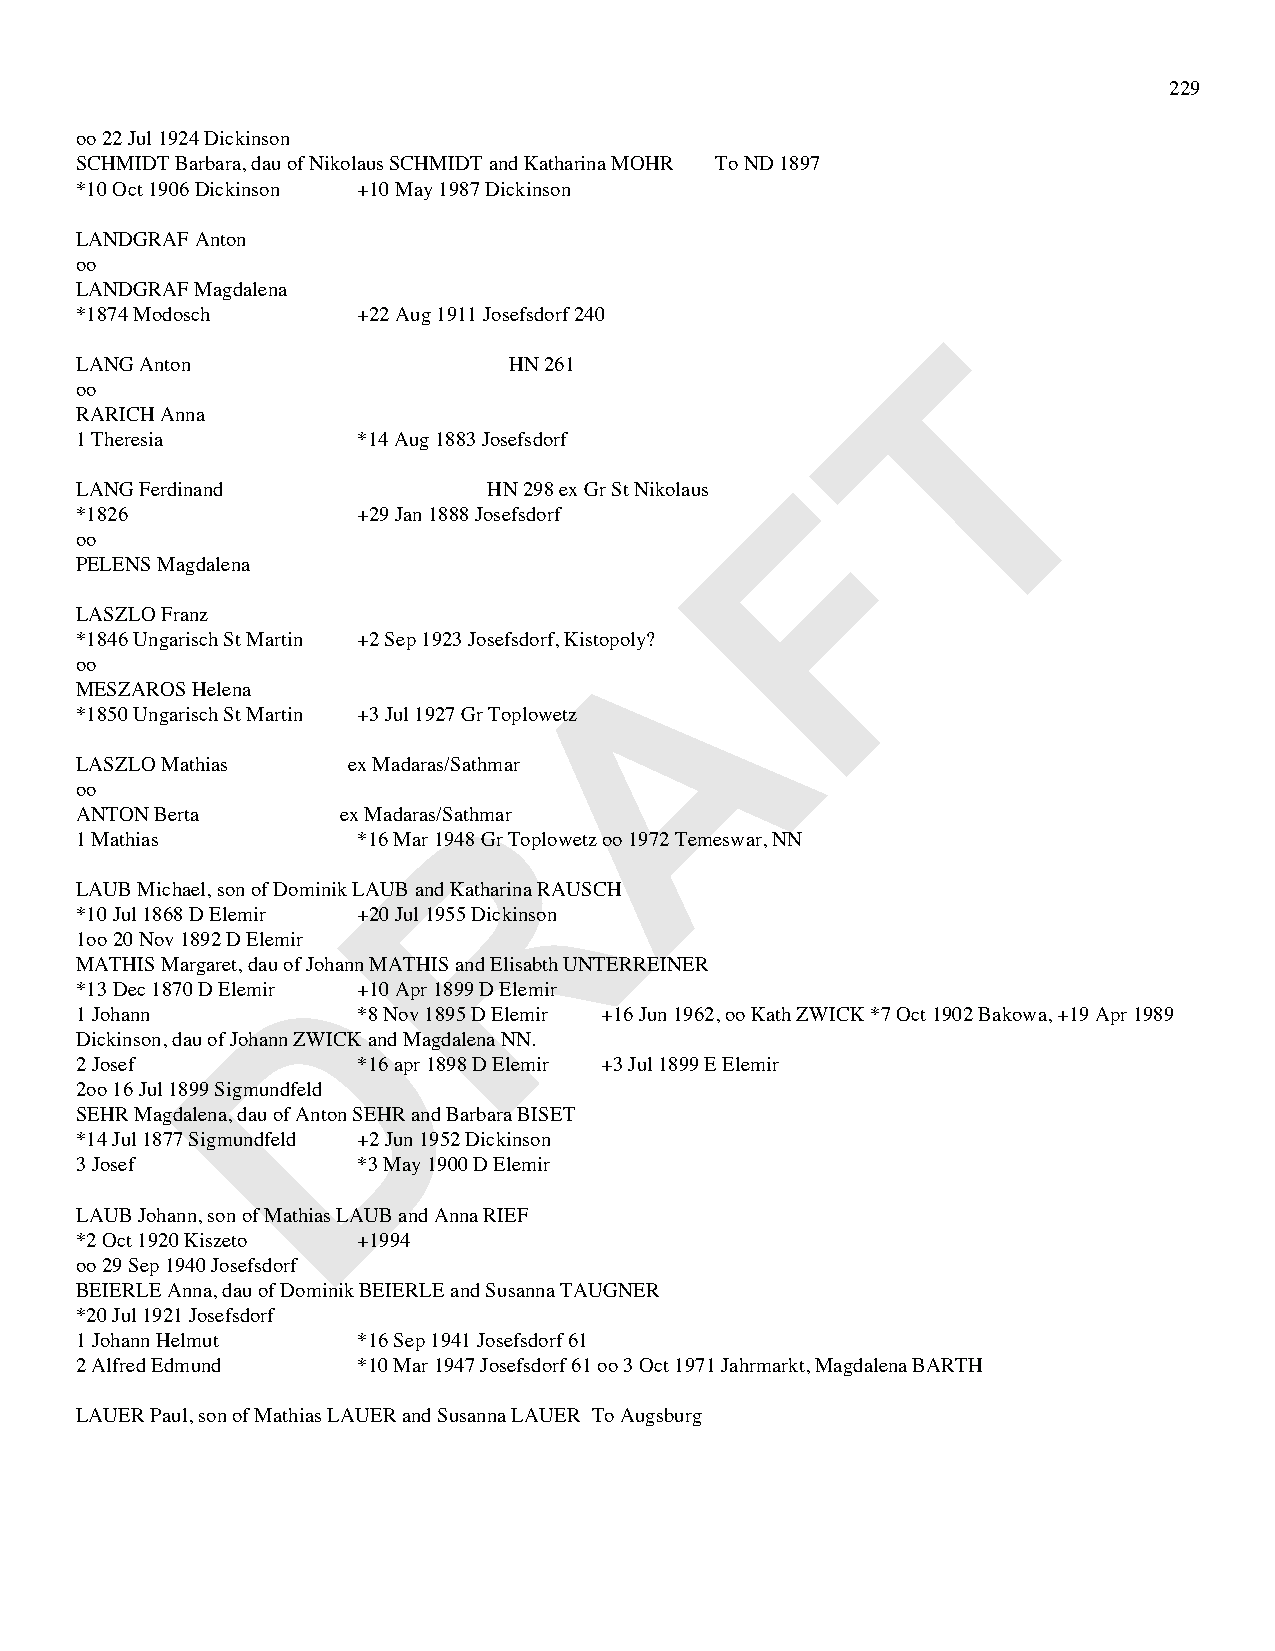
229
 oo 22 Jul 1924 Dickinson
 SCHMIDT Barbara, dau of Nikolaus SCHMIDT and Katharina MOHR To ND 1897
 *10 Oct 1906 Dickinson +10 May 1987 Dickinson
 LANDGRAF Anton
 oo
 LANDGRAF Magdalena
 *1874 Modosch      +22 Aug 1911 Josefsdorf 240
 T
 LANG Anton                   HN 261
 oo
 RARICH Anna
 1 Theresia         *14 Aug 1883 Josefsdorf
 F
 LANG Ferdinand             HN 298 ex Gr St Nikolaus
 *1826              +29 Jan 1888 Josefsdorf
 oo
 PELENS Magdalena
 LASZLO Franz                         A
 *1846 Ungarisch St Martin +2 Sep 1923 Josefsdorf, Kistopoly?
 oo
 MESZAROS Helena
 *1850 Ungarisch St Martin +3 Jul 1927 Gr Toplowetz
 LASZLO Mathias    ex Madaras/Sathmar
 R
 oo
 ANTON Berta       ex Madaras/Sathmar
 1 Mathias          *16 Mar 1948 Gr Toplowetz oo 1972 Temeswar, NN
 LAUB Michael, son of Dominik LAUB and Katharina RAUSCH
 *10 Jul 1868 D Elemir +20 Jul 1955 Dickinson
 1oo 20 Nov 1892 D Elemir
 D
 MATHIS Margaret, dau of Johann MATHIS and Elisabth UNTERREINER
 *13 Dec 1870 D Elemir +10 Apr 1899 D Elemir
 1 Johann           *8 Nov 1895 D Elemir +16 Jun 1962, oo Kath ZWICK *7 Oct 1902 Bakowa, +19 Apr 1989
 Dickinson, dau of Johann ZWICK and Magdalena NN.
 2 Josef            *16 apr 1898 D Elemir +3 Jul 1899 E Elemir
 2oo 16 Jul 1899 Sigmundfeld
 SEHR Magdalena, dau of Anton SEHR and Barbara BISET
 *14 Jul 1877 Sigmundfeld +2 Jun 1952 Dickinson
 3 Josef            *3 May 1900 D Elemir
 LAUB Johann, son of Mathias LAUB and Anna RIEF
 *2 Oct 1920 Kiszeto +1994
 oo 29 Sep 1940 Josefsdorf
 BEIERLE Anna, dau of Dominik BEIERLE and Susanna TAUGNER
 *20 Jul 1921 Josefsdorf
 1 Johann Helmut    *16 Sep 1941 Josefsdorf 61
 2 Alfred Edmund    *10 Mar 1947 Josefsdorf 61 oo 3 Oct 1971 Jahrmarkt, Magdalena BARTH
 LAUER Paul, son of Mathias LAUER and Susanna LAUER To Augsburg